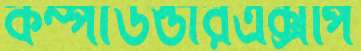
কম্পাউন্ডারএক্সপি